Scottish Certificate of Education, 1963
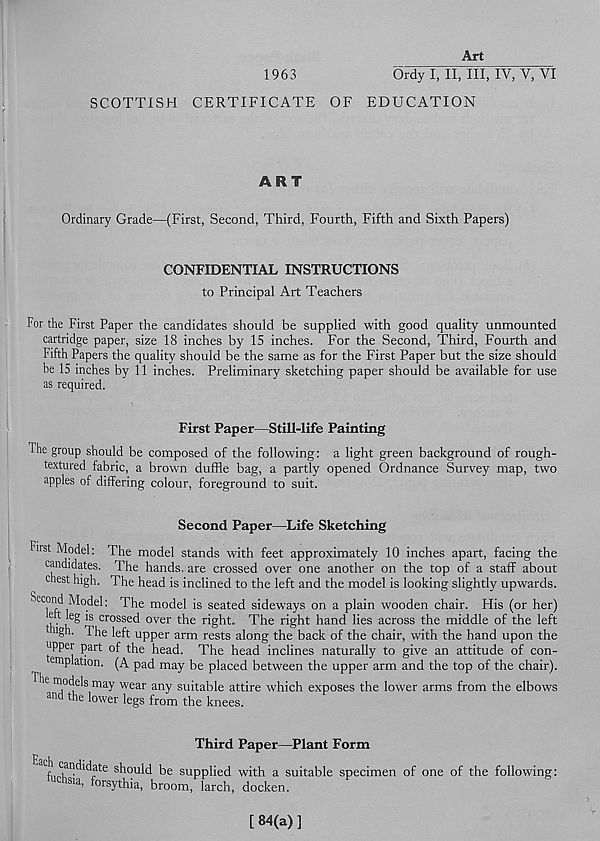
1963
Art
Ordy I, II, III, IV, V, VI
SCOTTISH CERTIFICATE OF EDUCATION
ART
Ordinary Grade—(First, Second, Third, Fourth, Fifth and Sixth Papers)
CONFIDENTIAL INSTRUCTIONS
to Principal Art Teachers
For the First Paper the candidates should be supplied with good quality unmounted
cartridge paper, size 18 inches by 15 inches. For the Second, Third, Fourth and
Fifth Papers the quality should be the same as for the First Paper but the size should
be 15 inches by 11 inches. Preliminary sketching paper should be available for use
as required.
First Paper—Still-life Painting
The group should be composed of the following: a light green background of rough-
textured fabric, a brown duffle bag, a partly opened Ordnance Survey map, two
apples of differing colour, foreground to suit.
Second Paper—Life Sketching
First Model: The model stands with feet approximately 10 inches apart, facing the
candidates. The hands, are crossed over one another on the top of a staff about
chest high. The head is inclined to the left and the model is looking slightly upwards.
Second Model: The model is seated sideways on a plain wooden chair. His (or her)
d t h
crosse d over the right. The right hand lies across the middle of the left
1 ugh. The left upper arm rests along the back of the chair, with the hand upon the
upper part of the head. The head inclines naturally to give an attitude of con-
emplation. (A pad may be placed between the upper arm and the top of the chair).
e models may wear any suitable attire which exposes the lower arms from the elbows
and the lower legs from the knees.
Third Paper—Plant Form
b candidate should be supplied with a suitable specimen of one of the following:
hichsia, forsythia, broom, larch, docken.
[84(a)]